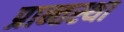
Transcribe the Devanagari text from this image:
प्रान्तस्था